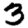
Digit: 3